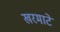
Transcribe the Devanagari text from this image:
खरमाटे